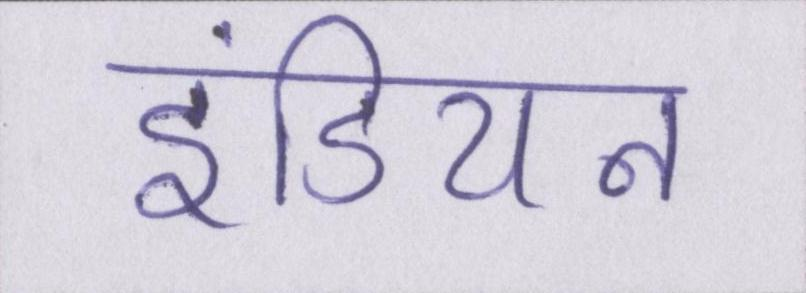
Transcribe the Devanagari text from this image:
इंडियन